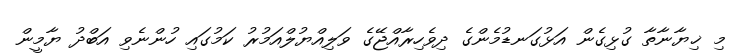
މި ޚިޔާނާތާ ގުޅިގެން އަޅުގަނޑުމެންގެ ދިވެހިރާއްޖޭގެ ވަލިއްޔުލްއަމުރު ކަމުގައި ހުންނެވި އަބްދު ޔާމީން